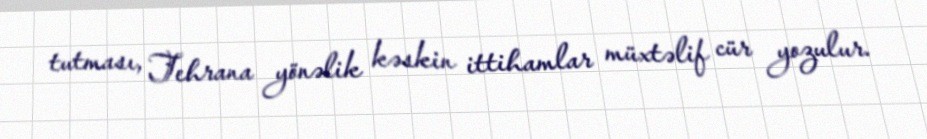
tutması, Tehrana yönəlik kəskin ittihamlar müxtəlif cür yozulur.